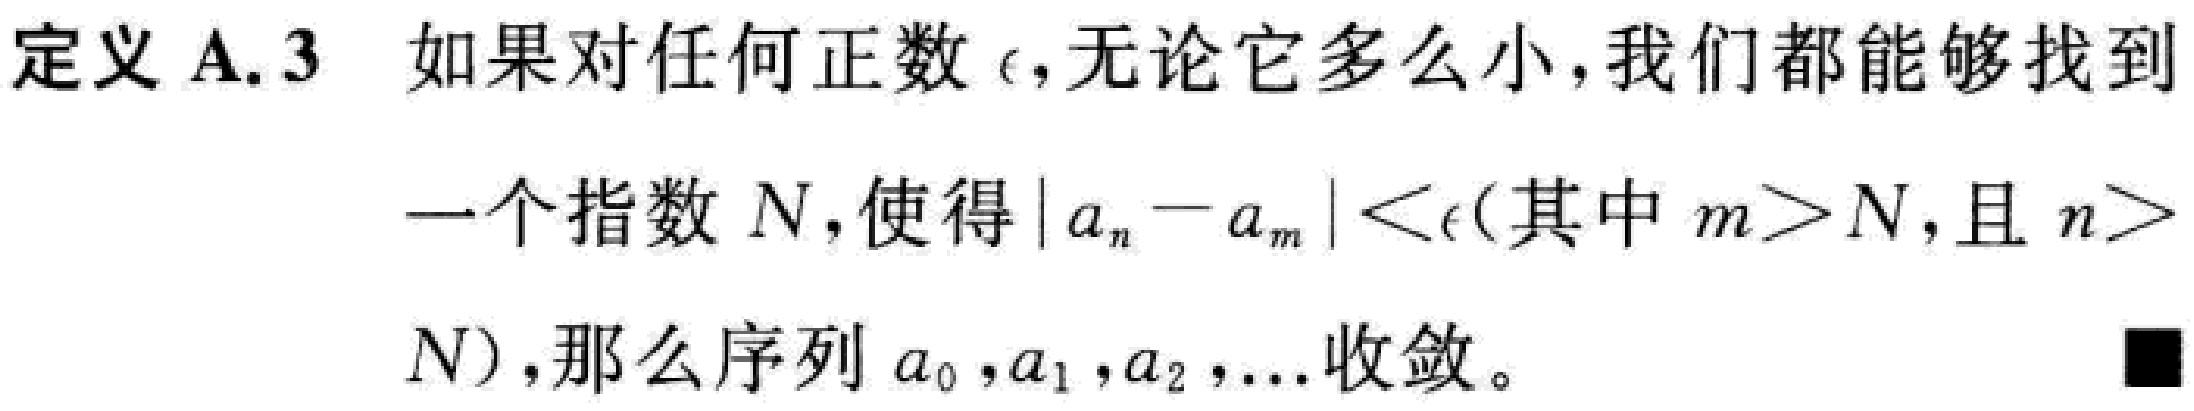
定义 A.3 如果对任何正数$\epsilon$，无论它多么小，我们都能够找到一个指数$N$，使得$|a_{n}-a_{m}|<\epsilon$(其中$m > N$，且$n > N$)，那么序列$a_{0},a_{1},a_{2},\ldots$收敛。